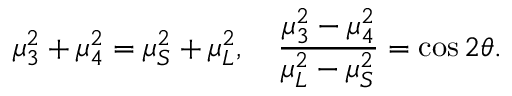
\mu _ { 3 } ^ { 2 } + \mu _ { 4 } ^ { 2 } = \mu _ { S } ^ { 2 } + \mu _ { L } ^ { 2 } , \quad \frac { \mu _ { 3 } ^ { 2 } - \mu _ { 4 } ^ { 2 } } { \mu _ { L } ^ { 2 } - \mu _ { S } ^ { 2 } } = { \cos 2 \theta } .